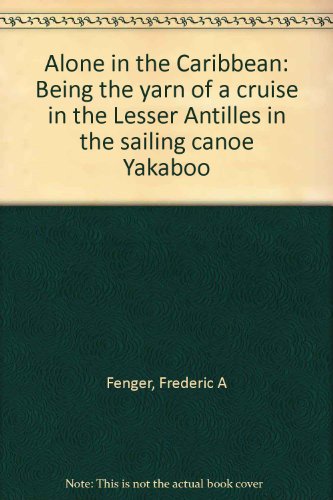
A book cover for Alone in the Caribbean: Being the Yarn of a Cruise in the Lesser Antilles in the Sailing Canoe "Yakaboo"; Frederic A. Fenger; Travel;